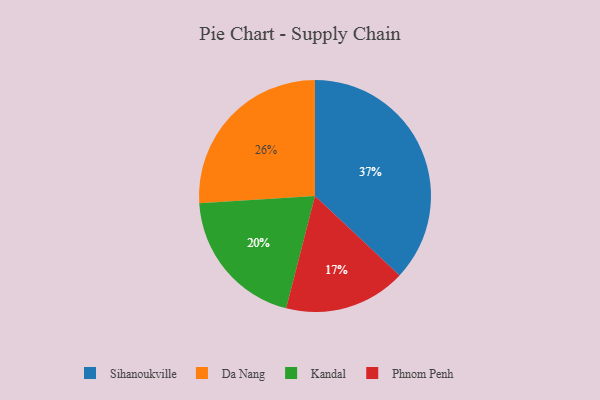
{"axis": {"x": "Category", "y": "Percentage"}, "legend": ["Da Nang", "Kandal", "Phnom Penh", "Sihanoukville"], "data": [{"x": "Da Nang", "y": 26, "type": "Da Nang"}, {"x": "Sihanoukville", "y": 37, "type": "Sihanoukville"}, {"x": "Kandal", "y": 20, "type": "Kandal"}, {"x": "Phnom Penh", "y": 17, "type": "Phnom Penh"}]}